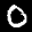
Label: 0